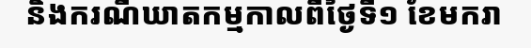
និងករណីឃាតកម្មកាលពីថ្ងៃទី១ ខែមករា